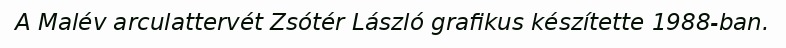
A Malév arculattervét Zsótér László grafikus készítette 1988-ban.